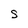
Character: S